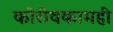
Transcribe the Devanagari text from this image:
कोरीवकामही